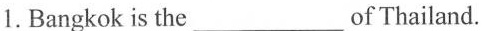
1. Bangkok is the___of Thailand.